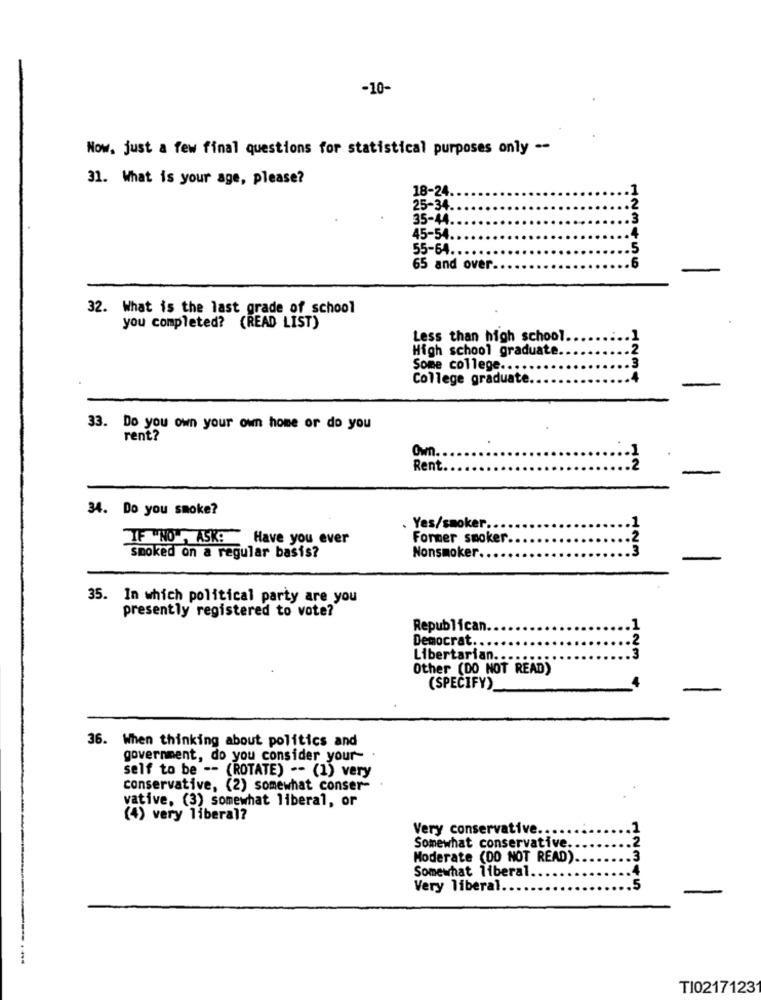
-10-
Now, just a few final questions for statistical purposes only --
31. What is your age, please?
18-24.
25-34
35-44.
45-54
55-64
65 and over
123456
32. What is the last grade of school
you completed? (READ LIST)
Less than high school.
High school graduate.
Some college ....
College graduate
1234
33. Do you own your own home or do you
rent?
Own.
Rent
12
34. Do you smoke?
.Yes/smoker.
IF "NO", ASK: Have you ever
Former smoker.
123
smoked on a regular basis?
Nonsmoker.
35. In which political party are you
presently registered to vote?
Republican.
Democrat ..
Libertarian ..
123
Other (DO NOT READ)
(SPECIFY)
36. When thinking about politics and
government, do you consider your- .
self to be -- (ROTATE) -- (1) very
conservative, (2) somewhat conser-
vative. (3) somewhat liberal, or
(4) very liberal?
Very conservative.
2
Somewhat conservative.
Moderate (DO NOT READ).
Somewhat liberal
Very liberal.
T10217123